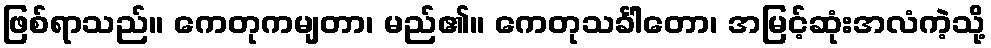
ဖြစ်ရာသည်။ ကေတုကမျတာ၊ မည်၏။ ကေတုသင်္ခါတော၊ အမြင့်ဆုံးအလံကဲ့သို့